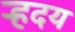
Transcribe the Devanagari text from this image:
र्‍हदय